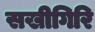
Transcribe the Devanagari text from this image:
सखीगिरि